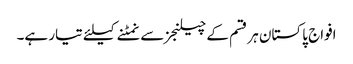
افواج پاکستان ہر قسم کے چیلنجز سے نمٹنے کیلئے تیار ہے۔